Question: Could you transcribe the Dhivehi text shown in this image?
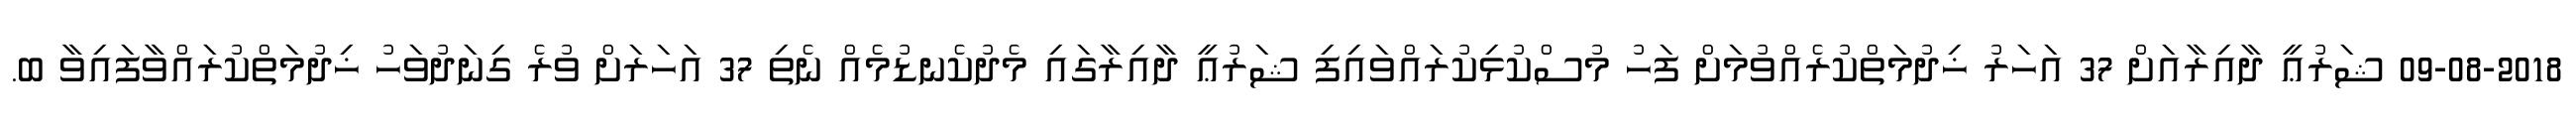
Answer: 09-08-2018 ޝަރުޢީ ދާއިރާއަށް 37 އަހަރު ޚިދުމަތްކުރެއްވުމަށް ފަހު މުސްކުޅިކުރައްވައިފި ޝަރުޢީ ދާއިރާގައި މެދުކެނޑުމެއް ނެތި 37 އަހަރަށް ވުރެ ގިނަދުވަހު ޚިދުމަތްކުރައްވާފައިވާ ބ.